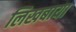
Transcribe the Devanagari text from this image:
लिखबाया